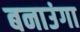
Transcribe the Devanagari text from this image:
बनाउंगा